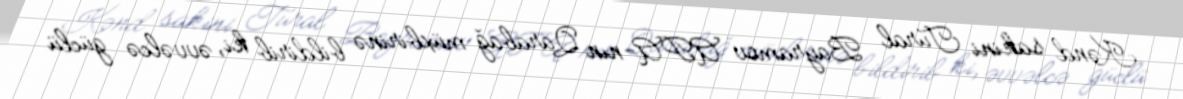
Kənd sakini Tural Bayramov APA-nın Qarabağ müxbirinə bildirib ki, əvvəlcə güclü